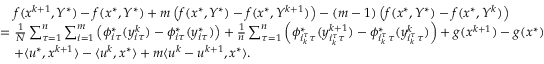
\begin{array} { r l } & { \quad f ( x ^ { k + 1 } , Y ^ { * } ) - f ( x ^ { * } , Y ^ { * } ) + m \left( f ( x ^ { * } , Y ^ { * } ) - f ( x ^ { * } , Y ^ { k + 1 } ) \right) - ( m - 1 ) \left( f ( x ^ { * } , Y ^ { * } ) - f ( x ^ { * } , Y ^ { k } ) \right) } \\ & { = \frac { 1 } { N } \sum _ { \tau = 1 } ^ { n } \sum _ { i = 1 } ^ { m } \left( \phi _ { i \tau } ^ { * } ( y _ { i \tau } ^ { k } ) - \phi _ { i \tau } ^ { * } ( y _ { i \tau } ^ { * } ) \right) + \frac { 1 } { n } \sum _ { \tau = 1 } ^ { n } \left( \phi _ { i _ { k } ^ { \tau } \tau } ^ { * } ( y _ { i _ { k } ^ { \tau } \tau } ^ { k + 1 } ) - \phi _ { i _ { k } ^ { \tau } \tau } ^ { * } ( y _ { i _ { k } ^ { \tau } \tau } ^ { k } ) \right) + g ( x ^ { k + 1 } ) - g ( x ^ { * } ) } \\ & { \quad + \langle u ^ { * } , x ^ { k + 1 } \rangle - \langle u ^ { k } , x ^ { * } \rangle + m \langle u ^ { k } - u ^ { k + 1 } , x ^ { * } \rangle . } \end{array}